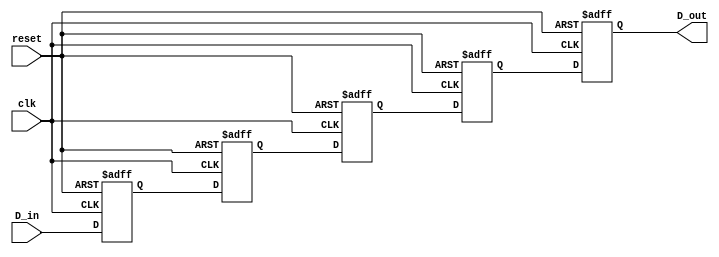
module MultistageRegister #(
    parameter WIDTH = 8,       // Width of the data bus
    parameter STAGES = 4       // Number of register stages
)(
    input  wire [WIDTH-1:0] D_in,   // Input data bus
    input  wire clk,                 // Clock signal
    input  wire reset,               // Reset signal
    output reg  [WIDTH-1:0] D_out    // Output data bus
);

    // Internal registers to hold data for each stage
    reg [WIDTH-1:0] registers [0:STAGES-1];

    integer i;

    // Sequential logic for register stages
    always @(posedge clk or posedge reset) begin
        if (reset) begin
            // Clear all registers on reset
            for (i = 0; i < STAGES; i = i + 1) begin
                registers[i] <= {WIDTH{1'b0}};
            end
            D_out <= {WIDTH{1'b0}}; // Clear output on reset
        end else begin
            // Shift data through the stages
            registers[0] <= D_in; // Load input into the first stage
            for (i = 1; i < STAGES; i = i + 1) begin
                registers[i] <= registers[i-1]; // Shift data from previous stage
            end
            D_out <= registers[STAGES-1]; // Output from the last stage
        end
    end

endmodule